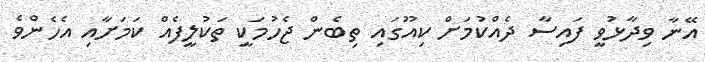
އޭނާ ވިދާޅުވީ ފައިސާ ދެއްކުމަށް ކިއޫގައި ތިބެން ޖެހުމަކީ ތަކުލީފެއް ކަމަށާއި އެހެންވެ